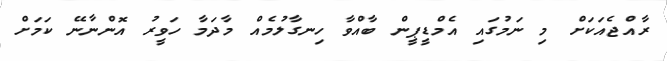
ރާއްޖެއަކަށް މި ނަމުގައި އެމްޑީޕީން ބާއްވާ ހިނގާލުމެއް މާދަމާ ހަވީރު އޮންނާނޭ ކަމަށް